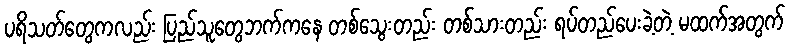
ပရိသတ်တွေကလည်း ပြည်သူတွေဘက်ကနေ တစ်သွေးတည်း တစ်သားတည်း ရပ်တည်ပေးခဲ့တဲ့ မထက်အတွက်